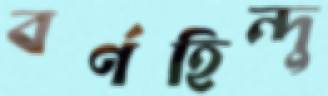
বর্ণহিন্দু